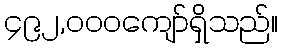
၄၉၂,၀၀၀ကျော်ရှိသည်။